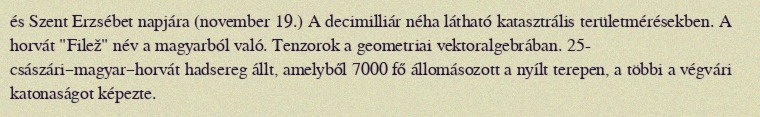
és Szent Erzsébet napjára (november 19.) A decimilliár néha látható katasztrális területmérésekben. A horvát "Filež" név a magyarból való. Tenzorok a geometriai vektoralgebrában. 25- császári–magyar–horvát hadsereg állt, amelyből 7000 fő állomásozott a nyílt terepen, a többi a végvári katonaságot képezte.